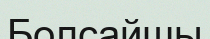
Болсайшы